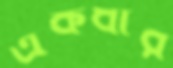
একধার